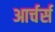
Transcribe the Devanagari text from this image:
आर्चर्स